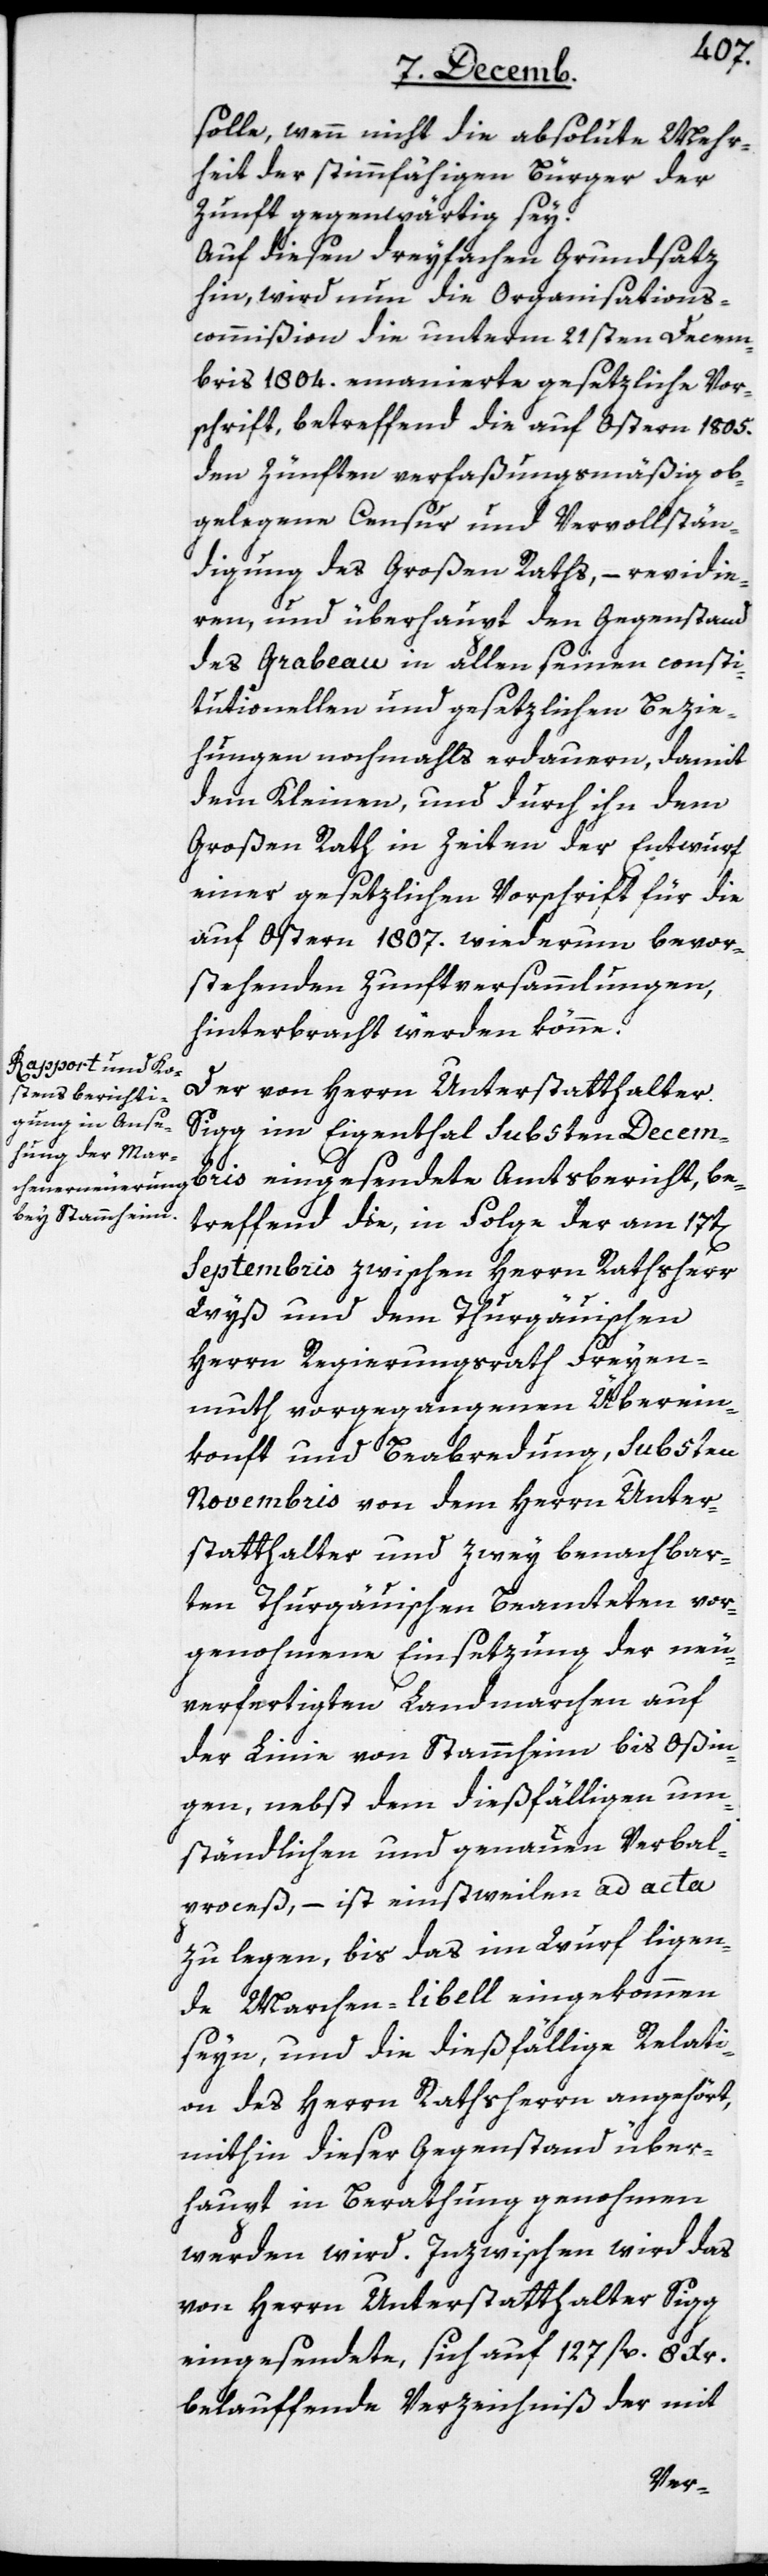
solle, wenn nicht die absolute Mehr¬
heit der stimmfähigen Bürger der
Zunft gegenwärtig sey.
Auf diesen dreyfachen Grundsatz
hin, wird nun die Organisations¬
commißion die unterm 21sten Decem¬
bris 1804. emanierte gesetzliche Vor¬
schrift, betreffend die auf Ostern 1805.
den Zünften verfaßungsmäßig ob¬
gelegene Censur und Vervollstän¬
digung des Großen Raths, – revidie¬
ren, und überhaupt den Gegenstand
des Grabeau in allen seinen consti¬
tutionellen und gesetzlichen Bezie¬
hungen nochmahls erdauern, damit
dem Kleinen, und durch ihn dem
Großen Rath in Zeiten der Entwurf
einer gesetzlichen Vorschrift für die
auf Ostern 1807. wiederum bevor¬
stehenden Zunftversammlungen,
hinterbracht werden könne.
Der von Herrn Unterstatthalter
Sigg im Eigenthal sub 5ten Decem¬
bris eingesendete Amtsbericht, be¬
treffend die, in Folge der am 17ten
Septembris zwischen Herrn Rathsherr
Wyß und dem Thurgäuischen
Herrn Regierungsrat Freyen¬
muth vorgegangenen Überein¬
konft und Beabredung, sub 5ten
Novembris von dem Herrn Unter¬
statthalter und zwey benachbar¬
ten Thurgäuischen Beamteten vor¬
genohmene Einsetzung der neu
verfertigten Landmarchen auf
der Linie von Stammheim bis Oßin¬
gen, nebst dem dießfälligen um¬
ständlichen und genauen Verbal¬
proceß, – ist einstweilen ad acta
zu legen, bis das im Wurf liegen¬
de Marchen-libell eingekommen
seyn, und die dießfällige Relati¬
on des Herrn Rathsherrn angehört,
mithin dieser Gegenstand über¬
haupt in Berathung genohmen
werden wird. Inzwischen wird das
von Herrn Unterstatthalter Sigg
eingesendete, sich auf 127 fl. 8 Xr.
belauffende Verzeichniß der mit